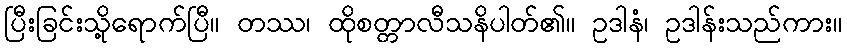
ပြီးခြင်းသို့ရောက်ပြီ။ တဿ၊ ထိုစတ္တာလီသနိပါတ်၏။ ဥဒါနံ၊ ဥဒါန်းသည်ကား။